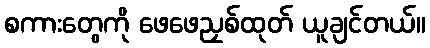
စကားတွေကို ဖေဖေညှစ်ထုတ် ယူချင်တယ်။